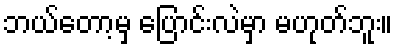
ဘယ်တော့မှ ပြောင်းလဲမှာ မဟုတ်ဘူး။